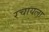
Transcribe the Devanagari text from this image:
रचायला